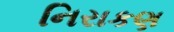
નિરાકણ